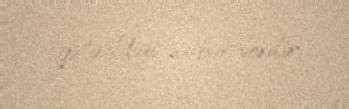
gətirildiyi xəbər verilir.